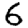
Digit: 6